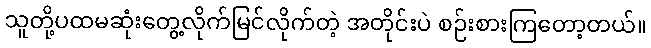
သူတို့ပထမဆုံးတွေ့လိုက်မြင်လိုက်တဲ့ အတိုင်းပဲ စဉ်းစားကြတော့တယ်။